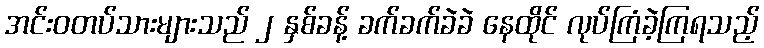
အင်းဝတပ်သားများသည် ၂ နှစ်ခန့် ခက်ခက်ခဲခဲ နေထိုင် လုပ်ကြံခဲ့ကြရသည့်